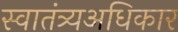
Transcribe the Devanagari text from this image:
स्वातंत्र्यअधिकार